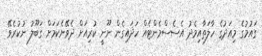
ގައުމުގެ މިއަދުގެ ހާލަތާއިމެދު އެސެސްމެންޓެއް ހަދައިގެން ނޫނީ ކުރިއަށް ދެވޭނެކަމަށް ގަބޫލު ނުކުރެވޭ